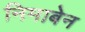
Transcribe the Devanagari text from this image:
निमाबेन